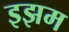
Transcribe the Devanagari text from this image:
इझम